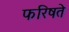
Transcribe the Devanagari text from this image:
फरिषते